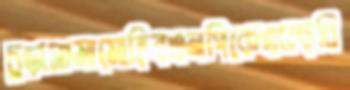
চুড়াসামামোহিবএনপিকেএসছবি